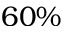
6 0 \%